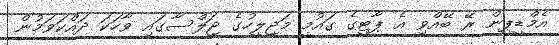
އެމްޑީޕީން ރޭ ބޭއްވި އެ ޕާޓީގެ ގައުމީ މަޖިލީހުގެ ޖަލްސާގައި ވާހަކަ ދައްކަވަމުން